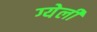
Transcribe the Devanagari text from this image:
ग्येली